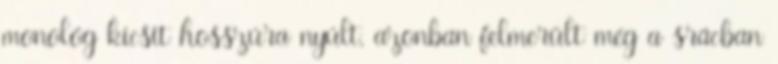
monológ kicsit hosszúra nyúlt, azonban felmerült még a srácban